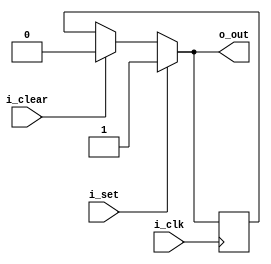
module latch3(i_clk, i_set,
	i_clear, o_out);

parameter W=1;

input wire i_clk;
input wire [W-1:0] i_set;
input wire i_clear;
output wire [W-1:0] o_out;
reg [W-1:0] saved;

genvar i;
generate for (i = 0; i < W; i = i + 1) begin
assign o_out[i] = i_set[i] ? 1'b1 : i_clear ? 1'b0 : saved[i];
always @(posedge i_clk)
	saved[i] <= o_out[i];
end
endgenerate

endmodule